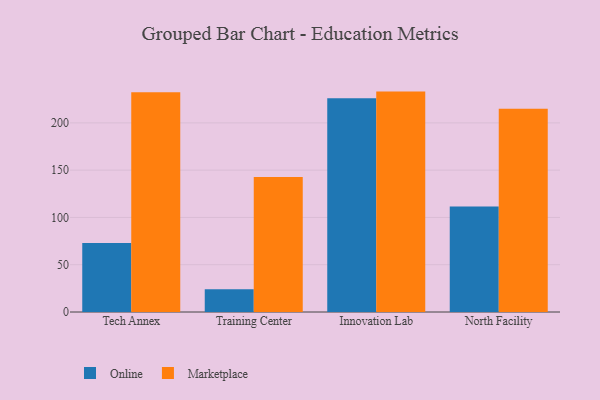
{"axis": {"x": "Campus", "y": "Demand Index"}, "legend": ["Marketplace", "Online"], "data": [{"x": "Tech Annex", "y": 72.9, "type": "Online"}, {"x": "Tech Annex", "y": 232.4, "type": "Marketplace"}, {"x": "Training Center", "y": 24.1, "type": "Online"}, {"x": "Training Center", "y": 142.9, "type": "Marketplace"}, {"x": "Innovation Lab", "y": 226.1, "type": "Online"}, {"x": "Innovation Lab", "y": 233.1, "type": "Marketplace"}, {"x": "North Facility", "y": 111.7, "type": "Online"}, {"x": "North Facility", "y": 214.9, "type": "Marketplace"}]}